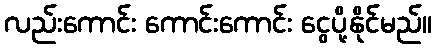
လည်းကောင်း ကောင်းကောင်း ငွေပို့နိုင်မည်။